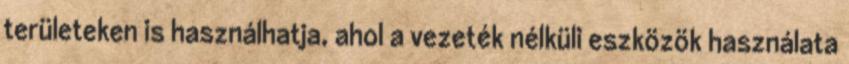
területeken is használhatja, ahol a vezeték nélküli eszközök használata